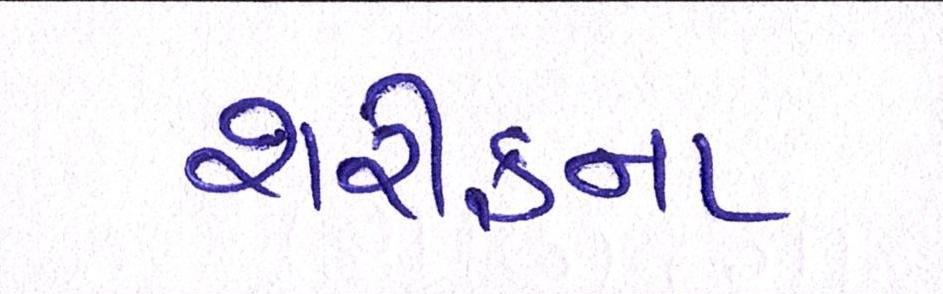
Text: શરીફના